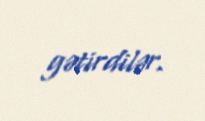
gətirdilər.